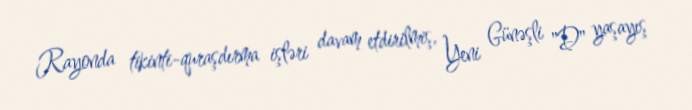
Rayonda tikinti-quraşdırma işləri davam etdirilmiş, Yeni Günəşli "D" yaşayış